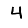
Digit: 4